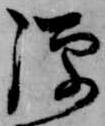
弾